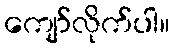
ကျော်လိုက်ပါ။